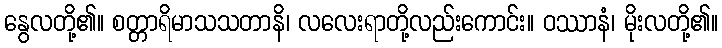
နွေလတို့၏။ စတ္တာရိမာသသတာနိ၊ လလေးရာတို့လည်းကောင်း။ ဝဿာနံ၊ မိုးလတို့၏။